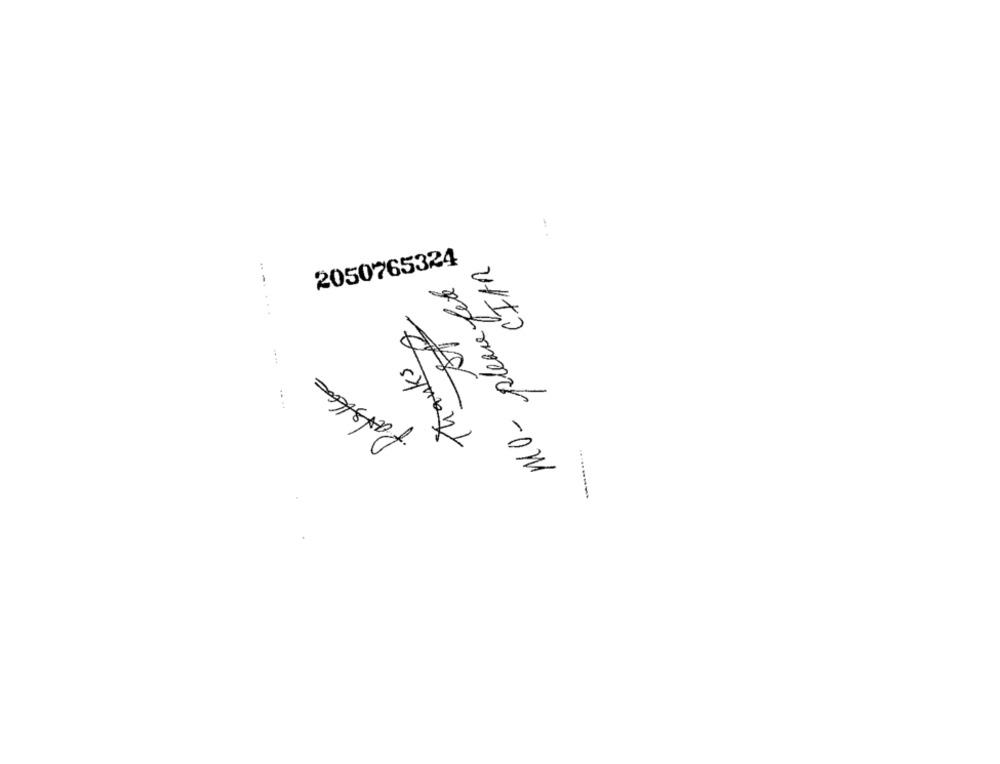
CFAR
2050765324
MO- please fete
Thanks
Patska